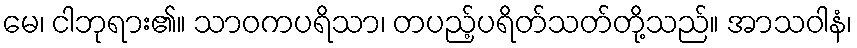
မေ၊ ငါဘုရား၏။ သာဝကပရိသာ၊ တပည့်ပရိတ်သတ်တို့သည်။ အာသဝါနံ၊